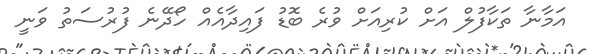
އަމާނާ ތަކާފުލް އަށް ކުރިއަށް ވުރެ ބޮޑު ފައިދާއެއް ހޯދޭނެ ފުރުސަތު ވަނީ